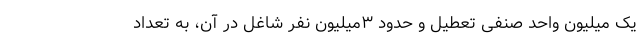
یک میلیون واحد صنفی تعطیل و حدود ۳میلیون نفر شاغل در آن، به تعداد